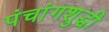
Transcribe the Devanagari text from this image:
पंचांगशुद्धी